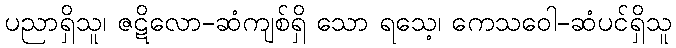
ပညာရှိသူ၊ ဇဋိလော-ဆံကျစ်ရှိ သော ရသေ့၊ ကေသဝေါ-ဆံပင်ရှိသူ